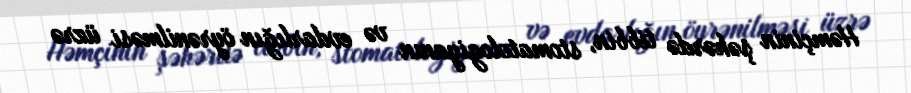
Həmçinin şəhərdə tibbin, stomatologiyanın və evdarlığın öyrənilməsi üzrə